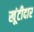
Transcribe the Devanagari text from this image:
खूंटीदार